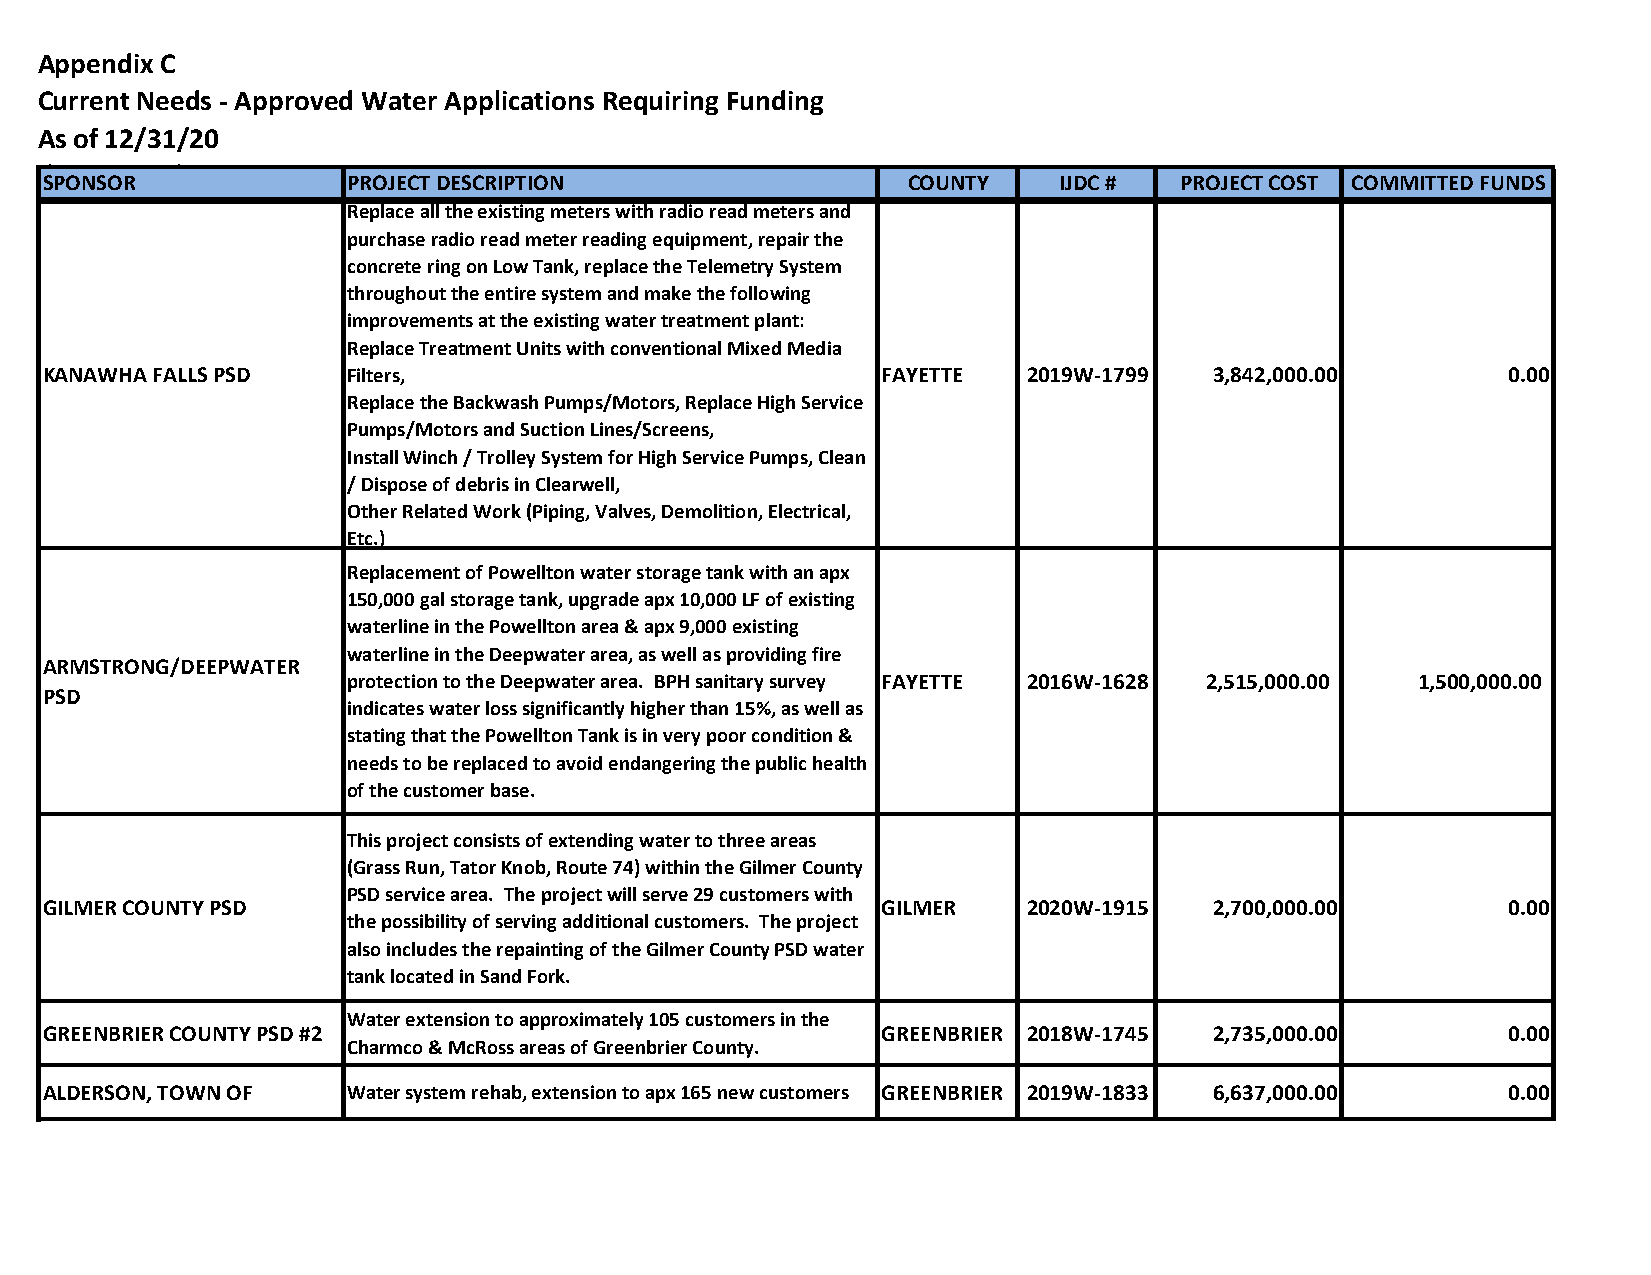
Appendix C
 Current Needs - Approved Water Applications Requiring Funding
 As of 12/31/20
 (By County)
 SPONSOR             PROJECT DESCRIPTION                  COUNTY    IJDC #  PROJECT COST COMMITTED FUNDS
 Replace all the existing meters with radio read meters and
 purchase radio read meter reading equipment, repair the
 concrete ring on Low Tank, replace the Telemetry System
 throughout the entire system and make the following
 improvements at the existing water treatment plant:
 Replace Treatment Units with conventional Mixed Media
 KANAWHA FALLS PSD   Filters,                           FAYETTE   2019W-1799  3,842,000.00        0.00
 Replace the Backwash Pumps/Motors, Replace High Service
 Pumps/Motors and Suction Lines/Screens,
 Install Winch / Trolley System for High Service Pumps, Clean
 / Dispose of debris in Clearwell,
 Other Related Work (Piping, Valves, Demolition, Electrical,
 Etc.)
 Replacement of Powellton water storage tank with an apx
 150,000 gal storage tank, upgrade apx 10,000 LF of existing
 waterline in the Powellton area & apx 9,000 existing
 waterline in the Deepwater area, as well as providing fire
 ARMSTRONG/DEEPWATER
 protection to the Deepwater area. BPH sanitary survey FAYETTE 2016W-1628 2 ,515,000.00 1 ,500,000.00
 PSD
 indicates water loss significantly higher than 15%, as well as
 stating that the Powellton Tank is in very poor condition &
 needs to be replaced to avoid endangering the public health
 of the customer base.
 This project consists of extending water to three areas
 (Grass Run, Tator Knob, Route 74) within the Gilmer County
 PSD service area. The project will serve 29 customers with
 GILMER COUNTY PSD                                      GILMER    2020W-1915  2,700,000.00        0.00
 the possibility of serving additional customers. The project
 also includes the repainting of the Gilmer County PSD water
 tank located in Sand Fork.
 Water extension to approximately 105 customers in the
 GREENBRIER COUNTY PSD #2                               GREENBRIER 2018W-1745 2,735,000.00        0.00
 Charmco & McRoss areas of Greenbrier County.
 ALDERSON, TOWN OF   Water system rehab, extension to apx 165 new customers GREENBRIER 2019W-1833 6,637,000.00 0.00